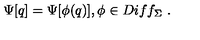
\Psi [ q ] = \Psi [ \phi ( q ) ] , \phi \in D i f f _ { \Sigma } \ .